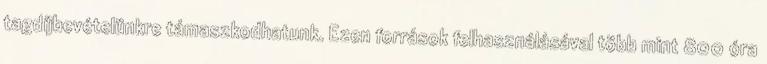
tagdíjbevételünkre támaszkodhatunk. Ezen források felhasználásával több mint 800 óra